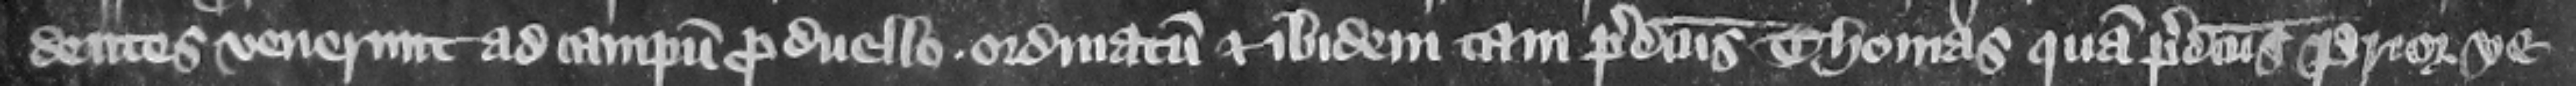
dentes venerunt ad campum pro duello ordinatum. Et ibidem tam predictus Thomas quam predictus prior ve